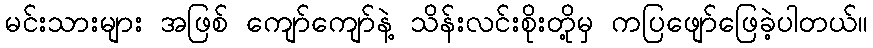
မင်းသားများ အဖြစ် ကျော်ကျော်နဲ့ သိန်းလင်းစိုးတို့မှ ကပြဖျော်ဖြေခဲ့ပါတယ်။